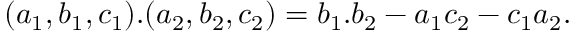
( a _ { 1 } , b _ { 1 } , c _ { 1 } ) . ( a _ { 2 } , b _ { 2 } , c _ { 2 } ) = b _ { 1 } . b _ { 2 } - a _ { 1 } c _ { 2 } - c _ { 1 } a _ { 2 } .